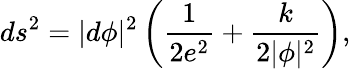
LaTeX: ds^{2}=|d\phi|^{2}\left(\frac{1}{2e^{2}}+\frac{k}{2|\phi|^{2}}\right),